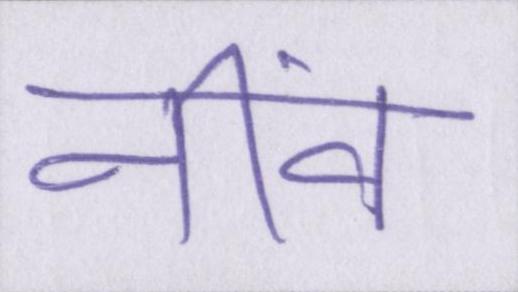
नींव